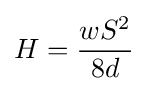
H={\frac {wS^{2}}{8d}}